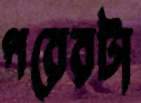
পরেরটা